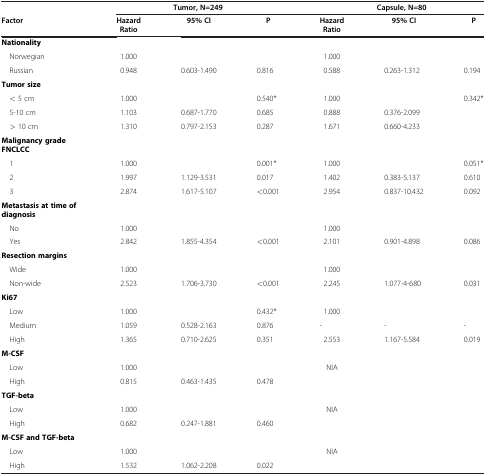
<table><thead><tr><td><b> </b></td><td colspan="3"><b>Tumor, N=249</b></td><td colspan="3"><b>Capsule, N=80</b></td></tr><tr><td><b>Factor</b></td><td><b>Hazard Ratio</b></td><td><b>95% CI</b></td><td><b>P</b></td><td><b>Hazard Ratio</b></td><td><b>95% CI</b></td><td><b>P</b></td></tr></thead><tbody><tr><td><b>Nationality</b></td><td> </td><td> </td><td> </td><td> </td><td> </td><td> </td></tr><tr><td> Norwegian</td><td>1.000</td><td> </td><td> </td><td>1.000</td><td> </td><td> </td></tr><tr><td> Russian</td><td>0.948</td><td>0.603-1.490</td><td>0.816</td><td>0.588</td><td>0.263-1.312</td><td>0.194</td></tr><tr><td><b>Tumor size</b></td><td> </td><td> </td><td> </td><td> </td><td> </td><td> </td></tr><tr><td> &lt; 5 cm</td><td>1.000</td><td> </td><td>0.540*</td><td>1.000</td><td> </td><td>0.342*</td></tr><tr><td> 5-10 cm</td><td>1.103</td><td>0.687-1.770</td><td>0.685</td><td>0.888</td><td>0.376-2.099</td><td> </td></tr><tr><td> &gt; 10 cm</td><td>1.310</td><td>0.797-2.153</td><td>0.287</td><td>1.671</td><td>0.660-4.233</td><td> </td></tr><tr><td><b>Malignancy grade FNCLCC</b></td><td> </td><td> </td><td> </td><td> </td><td> </td><td> </td></tr><tr><td> 1</td><td>1.000</td><td> </td><td>0.001*</td><td>1.000</td><td> </td><td>0.051*</td></tr><tr><td> 2</td><td>1.997</td><td>1.129-3.531</td><td>0.017</td><td>1.402</td><td>0.383-5.137</td><td>0.610</td></tr><tr><td> 3</td><td>2.874</td><td>1.617-5.107</td><td>&lt;0.001</td><td>2.954</td><td>0.837-10.432</td><td>0.092</td></tr><tr><td><b>Metastasis at time of diagnosis</b></td><td> </td><td> </td><td> </td><td> </td><td> </td><td> </td></tr><tr><td> No</td><td>1.000</td><td> </td><td> </td><td>1.000</td><td> </td><td> </td></tr><tr><td> Yes</td><td>2.842</td><td>1.855-4.354</td><td>&lt;0.001</td><td>2.101</td><td>0.901-4.898</td><td>0.086</td></tr><tr><td><b>Resection margins</b></td><td> </td><td> </td><td> </td><td> </td><td> </td><td> </td></tr><tr><td> Wide</td><td>1.000</td><td> </td><td> </td><td>1.000</td><td> </td><td> </td></tr><tr><td> Non-wide</td><td>2.523</td><td>1.706-3.730</td><td>&lt;0.001</td><td>2.245</td><td>1.077-4-680</td><td>0.031</td></tr><tr><td><b>Ki67</b></td><td> </td><td> </td><td> </td><td> </td><td> </td><td> </td></tr><tr><td> Low</td><td>1.000</td><td> </td><td>0.432*</td><td>1.000</td><td> </td><td> </td></tr><tr><td> Medium</td><td>1.059</td><td>0.528-2.163</td><td>0.876</td><td>-</td><td>-</td><td>-</td></tr><tr><td> High</td><td>1.365</td><td>0.710-2.625</td><td>0.351</td><td>2.553</td><td>1.167-5.584</td><td>0.019</td></tr><tr><td><b>M-CSF</b></td><td> </td><td> </td><td> </td><td> </td><td> </td><td> </td></tr><tr><td> Low</td><td>1.000</td><td> </td><td> </td><td>NIA</td><td> </td><td> </td></tr><tr><td> High</td><td>0.815</td><td>0.463-1.435</td><td>0.478</td><td> </td><td> </td><td> </td></tr><tr><td><b>TGF-beta</b></td><td> </td><td> </td><td> </td><td> </td><td> </td><td> </td></tr><tr><td> Low</td><td>1.000</td><td> </td><td> </td><td>NIA</td><td> </td><td> </td></tr><tr><td> High</td><td>0.682</td><td>0.247-1.881</td><td>0.460</td><td> </td><td> </td><td> </td></tr><tr><td><b>M-CSF and TGF-beta</b></td><td> </td><td> </td><td> </td><td> </td><td> </td><td> </td></tr><tr><td> Low</td><td>1.000</td><td> </td><td> </td><td>NIA</td><td> </td><td> </td></tr><tr><td> High</td><td>1.532</td><td>1.062-2.208</td><td>0.022</td><td> </td><td> </td><td> </td></tr></tbody></table>